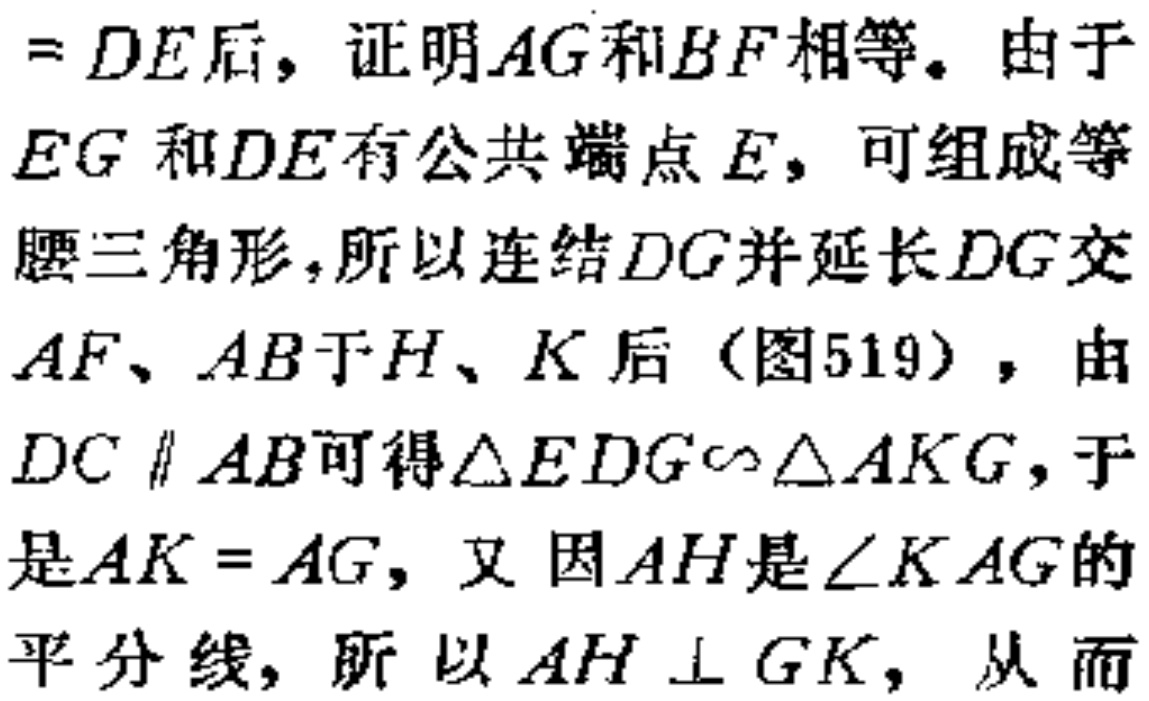
$=DE后，证明AG和BF相等。由于EG和DE有公共端点E，可组成等腰三角形，所以连结DG并延长DG交AF、AB于H、K后（图519），由DC \parallel AB可得\triangle EDG\sim\triangle AKG，于是AK = AG，又因AH是\angle KAG的平分线，所以AH \perp GK，从而$